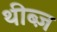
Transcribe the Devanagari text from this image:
थीब्ज़